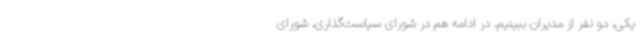
یکی، دو نفر از مدیران ببینیم. در ادامه هم در شورای سیاست‌گذاری، شورای